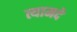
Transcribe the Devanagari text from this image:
त्यामदे